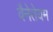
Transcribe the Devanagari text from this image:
वैनेतेयम